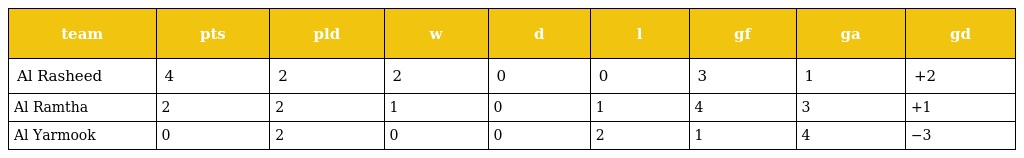
| team | pts | pld | w | d | l | gf | ga | gd |
 | --- | --- | --- | --- | --- | --- | --- | --- | --- |
 | Al Rasheed | 4 | 2 | 2 | 0 | 0 | 3 | 1 | +2 |
 | Al Ramtha | 2 | 2 | 1 | 0 | 1 | 4 | 3 | +1 |
 | Al Yarmook | 0 | 2 | 0 | 0 | 2 | 1 | 4 | −3 |